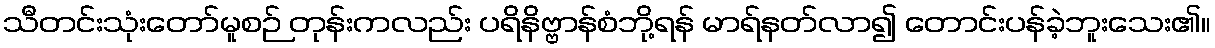
သီတင်းသုံးတော်မူစဉ် တုန်းကလည်း ပရိနိဗ္ဗာန်စံဘို့ရန် မာရ်နတ်လာ၍ တောင်းပန်ခဲ့ဘူးသေး၏။